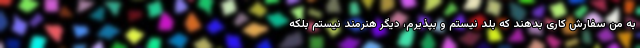
به من سفارش کاری بدهند که بلد نیستم و بپذیرم، دیگر هنرمند نیستم بلکه